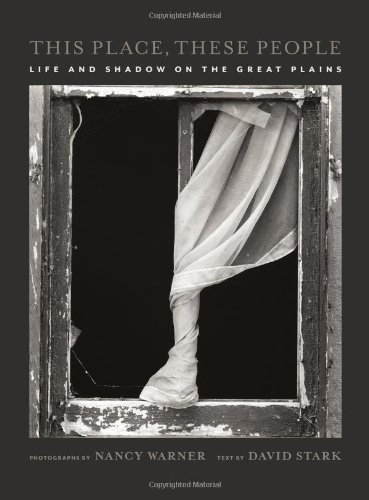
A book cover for This Place, These People: Life and Shadow on the Great Plains; David Stark; Law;